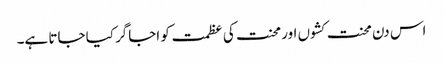
اس دن محنت کشوں اور محنت کی عظمت کو اجاگر کیا جاتا ہے۔